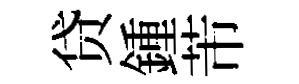
贷鍾芾